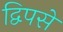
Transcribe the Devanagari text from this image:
द्विपसे